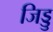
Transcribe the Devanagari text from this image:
जिड्डु